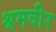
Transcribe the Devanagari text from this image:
श्रमवीर